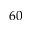
6 0